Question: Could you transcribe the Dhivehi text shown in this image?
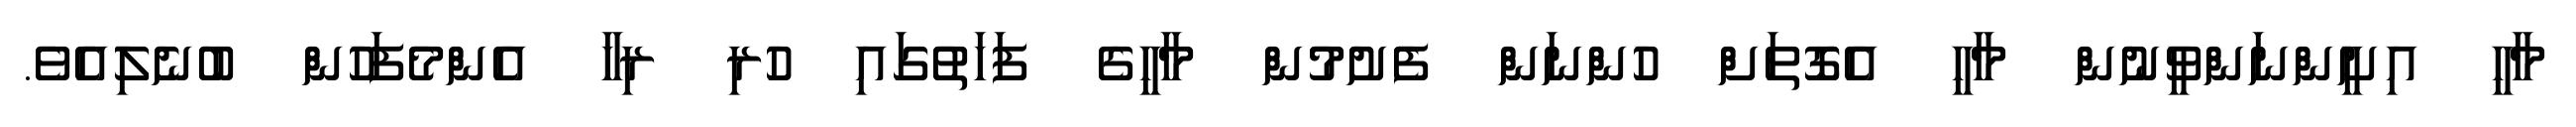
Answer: މާހީ އިށީންނަންވީނުން މާހީ އެގޮތަށް ހުންނަން ފެށުމުން މާހީގެ ފަހަތުގައި ހުރި ރިހާ އެންމެފަހުން ބުނެލިއެވެ.